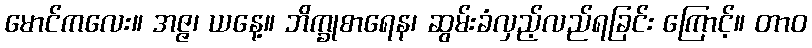
မောင်ကလေး။ အဇ္ဇ၊ ယနေ့။ ဘိက္ခုစာရေန၊ ဆွမ်းခံလှည့်လည်ရခြင်း ကြောင့်။ တာဝ